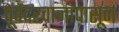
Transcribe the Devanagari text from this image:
पूर्वदरवाजापासून